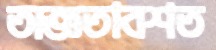
অজ্ঞতাবশত